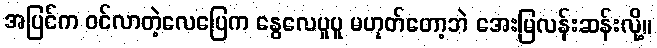
အပြင်က ဝင်လာတဲ့လေပြေက နွေလေပူပူ မဟုတ်တော့ဘဲ အေးမြလန်းဆန်းလို့။